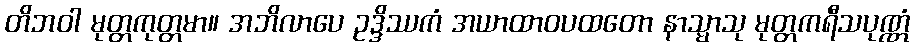
တိဘဝါ မုတ္တကုတ္တမာ။ အဘိလာပေ ဥဒ္ဒိဿကံ အယာထာဝပထတော နာသ္မာသု မုတ္တကရီသပုဏ္ဏံ